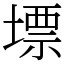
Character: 墂